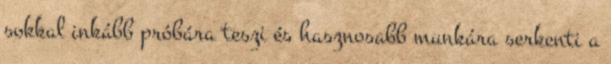
sokkal inkább próbára teszi és hasznosabb munkára serkenti a